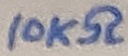
Text: 10KΩ